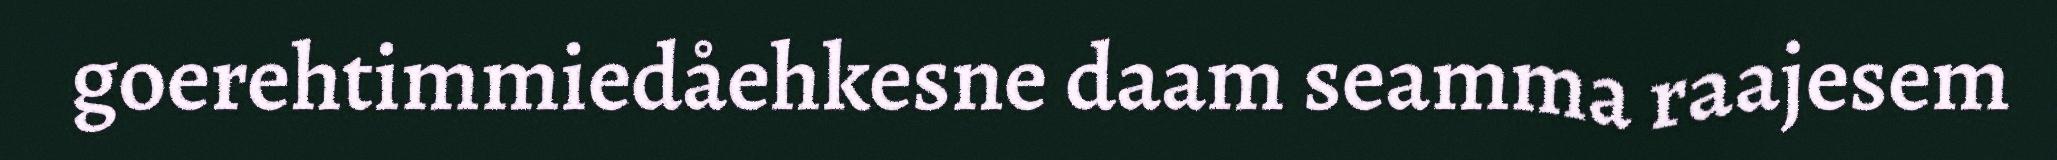
goerehtimmiedåehkesne daam seamma raajesem